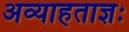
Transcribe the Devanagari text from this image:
अव्याहताज्ञः